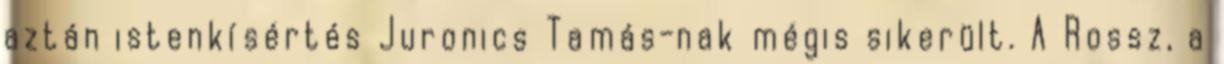
aztán istenkísértés Juronics Tamás-nak mégis sikerült. A Rossz, a